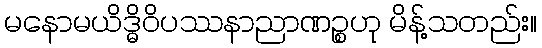
မနောမယိဒ္ဓိဝိပဿနာညာဏဉ္စဟု မိန့်သတည်း။